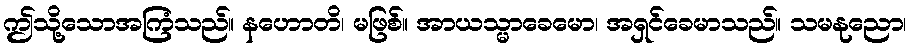
ဤသို့သောအကြံသည်။ နဟောတိ၊ မဖြစ်။ အာယသ္မာခေမော၊ အရှင်ခေမာသည်။ သမနုညော၊